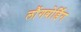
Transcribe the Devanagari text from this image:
लौंगबोर्डिंग